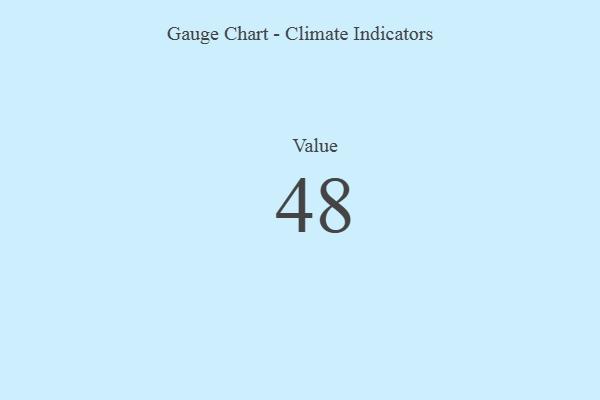
{"axis": {"x": "Metric", "y": "Value"}, "legend": [""], "data": [{"x": "Value", "y": 48, "type": ""}]}